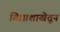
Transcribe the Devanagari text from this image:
विद्याशाखेतून